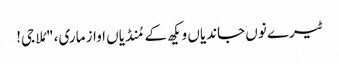
ٹیرے نوں جاندیاں ویکھ کے مُنڈیاں اواز ماری، "مُلا جی!